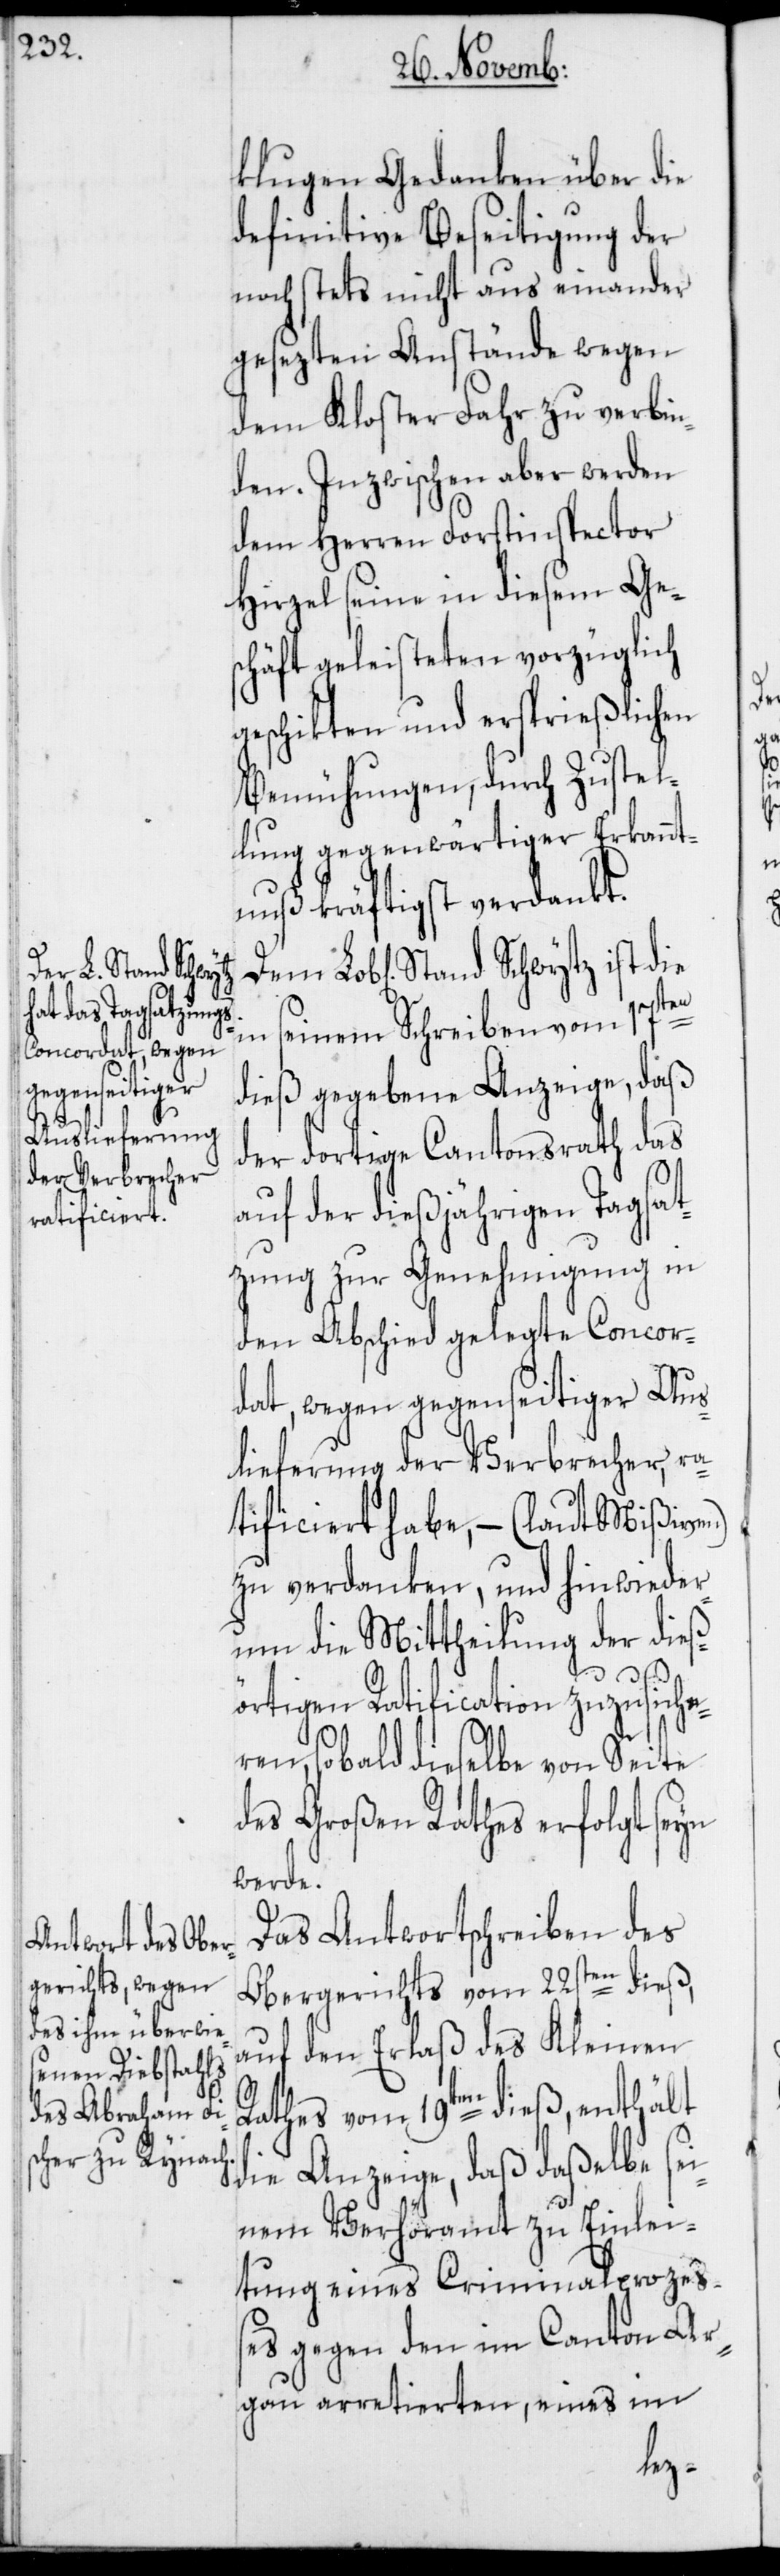
klugen Gedanken über die
definitive Beseitigung der
noch stets nicht aus einander
gesezten Anstände wegen
dem Kloster Fahr zu verbin¬
den. Inzwischen aber werden
dem Herren Forstinspector
Hirzel seine in diesem Ge¬
schäft geleisteten vorzüglich
geschikten und ersprießlichen
Bemühungen, durch Zustel¬
lung gegenwärtiger Erkannt¬
nuß kräftigst verdankt.
Lob[lichen] Stand Schwytz ist die
in seinem Schreiben vom 17ten
dieß gegebene Anzeige, daß
der dortige Cantonsrath das
auf der dießjährigen Tagsat¬
zung zur Genehmigung in
den Abschied gelegte Concor¬
dat, wegen gegenseitiger Aus¬
lieferung der Verbrecher, ra¬
tificiert habe, – (laut Mißiven)
zu verdanken, und hinwieder
um die Mittheilung der dieß¬
örtigen Ratification zuzusiche¬
ren, sobald dieselbe von Seite
des Großen Rathes erfolgt seyn
werde.
Das Antwortschreiben des
Obergerichts vom 22sten dieß,
auf den Erlaß des Kleinen
Rathes vom 19ten dieß, enthält
die Anzeige, daß daßelbe se¬
inem Verhöramt zu Einlei¬
tung eines Criminalprozeß¬
es gegen den im Canton Ar¬
gau arretierten, eines im